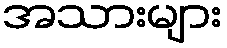
အသားများ